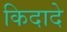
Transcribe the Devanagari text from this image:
किदादे